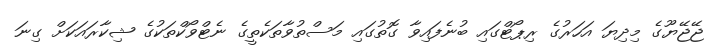
ޖޭޖޭޔޫގެ މިދިޔަ އަހަރުގެ ރިޕޯޓްގައި ބުނެފައިވާ ގޮތުގައި މަސްތުވާތަކެތީގެ ނެޓްވޯކްތަކުގެ ޝިކާރައަކަށް ގިނަ